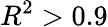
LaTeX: R^{2}>0.9